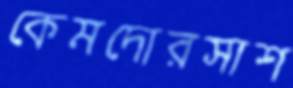
কেমদোরসাশ